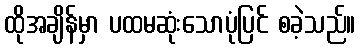
ထိုအချိန်မှာ ပထမဆုံးသောပုံပြင် စခဲ့သည်။